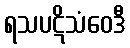
ရသပဋိသံဝေဒီ